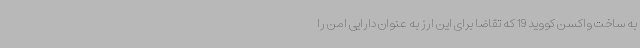
به ساخت واکسن کووید 19 که تقاضا برای این ارز به عنوان دارایی امن را